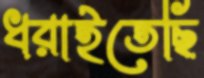
ধরাইতেছি